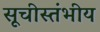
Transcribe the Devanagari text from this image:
सूचीस्तंभीय